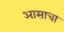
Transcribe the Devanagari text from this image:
आसाचा